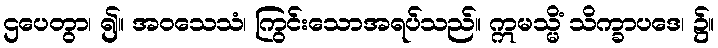
ဌပေတွာ၊ ၍။ အဝသေသံ၊ ကြွင်းသောအရပ်သည်။ ဣမသ္မိံ သိက္ခာပဒေ၊ ၌။